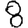
Digit: 8